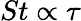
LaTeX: St\propto\tau